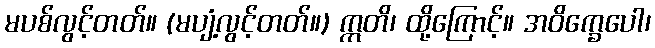
မပစ်လွင့်တတ်။ (မပျံ့လွင့်တတ်။) ဣတိ၊ ထို့ကြောင့်။ အဝိက္ခေပေါ၊